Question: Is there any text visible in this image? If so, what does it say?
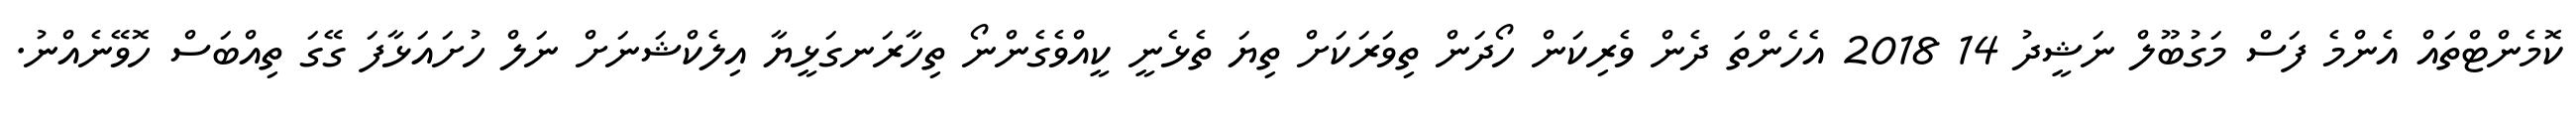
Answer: ކޮމެންޓްތައް އެންމެ ފަސް މަގުބޫލް ނަޝީދު 14 2018 އެހެންތަ ދެން ވެރިކަން ހޯދަން ތިވަރަކަށް ތިޔަ ތެޅެނީ ކީއްވެގެންނޯ ތިހާރަނގަޅީޔާ އިލެކްޝަނަށް ނަލް ހުށައަޅާފަ ގޭގަ ތިއްބަސް ހޮވޭނެއްނު.